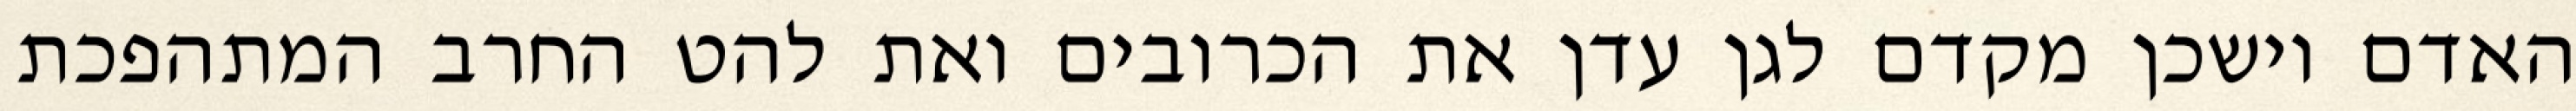
האדם וישכן מקדם לגן עדן את הכרובים ואת להט החרב המתהפכת